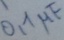
Text: 0,1µF